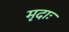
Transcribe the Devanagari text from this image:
मृदाः